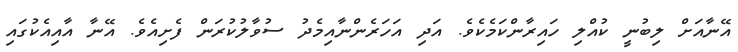
އޭނާއަށް ލިބުނީ ކުއްލި ހައިރާންކަމެކެވެ. އަދި އަހަރެންނާއިމެދު ސުވާލުކުރަން ފެށިއެވެ. އޭނާ އާއިއެކުގައި